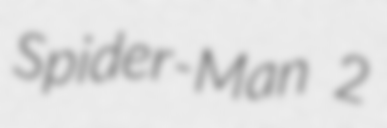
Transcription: Spider-Man 2